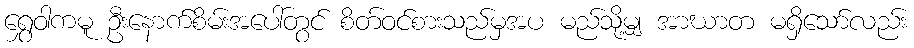
ရွှေဝါကမူ ဦးနောက်စိမ်းအပေါ်တွင် စိတ်ဝင်စားသည်မှအပ မည်သို့မျှ အာဃာတ မရှိသော်လည်း